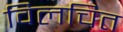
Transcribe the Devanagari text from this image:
विलचित